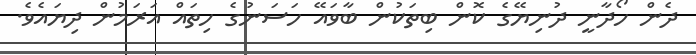
ދެން ހޯދާނީ ދުނިޔޭގެ ކޮން ބިތަކުން ބާވައޭ ހަސަނުގެ ހިތައް އަރަމުން ދިޔައެވެ.